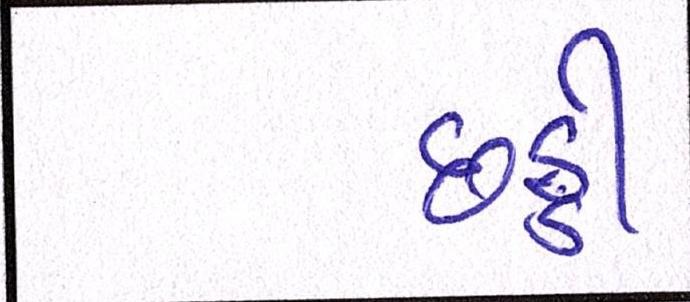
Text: છઠ્ઠી